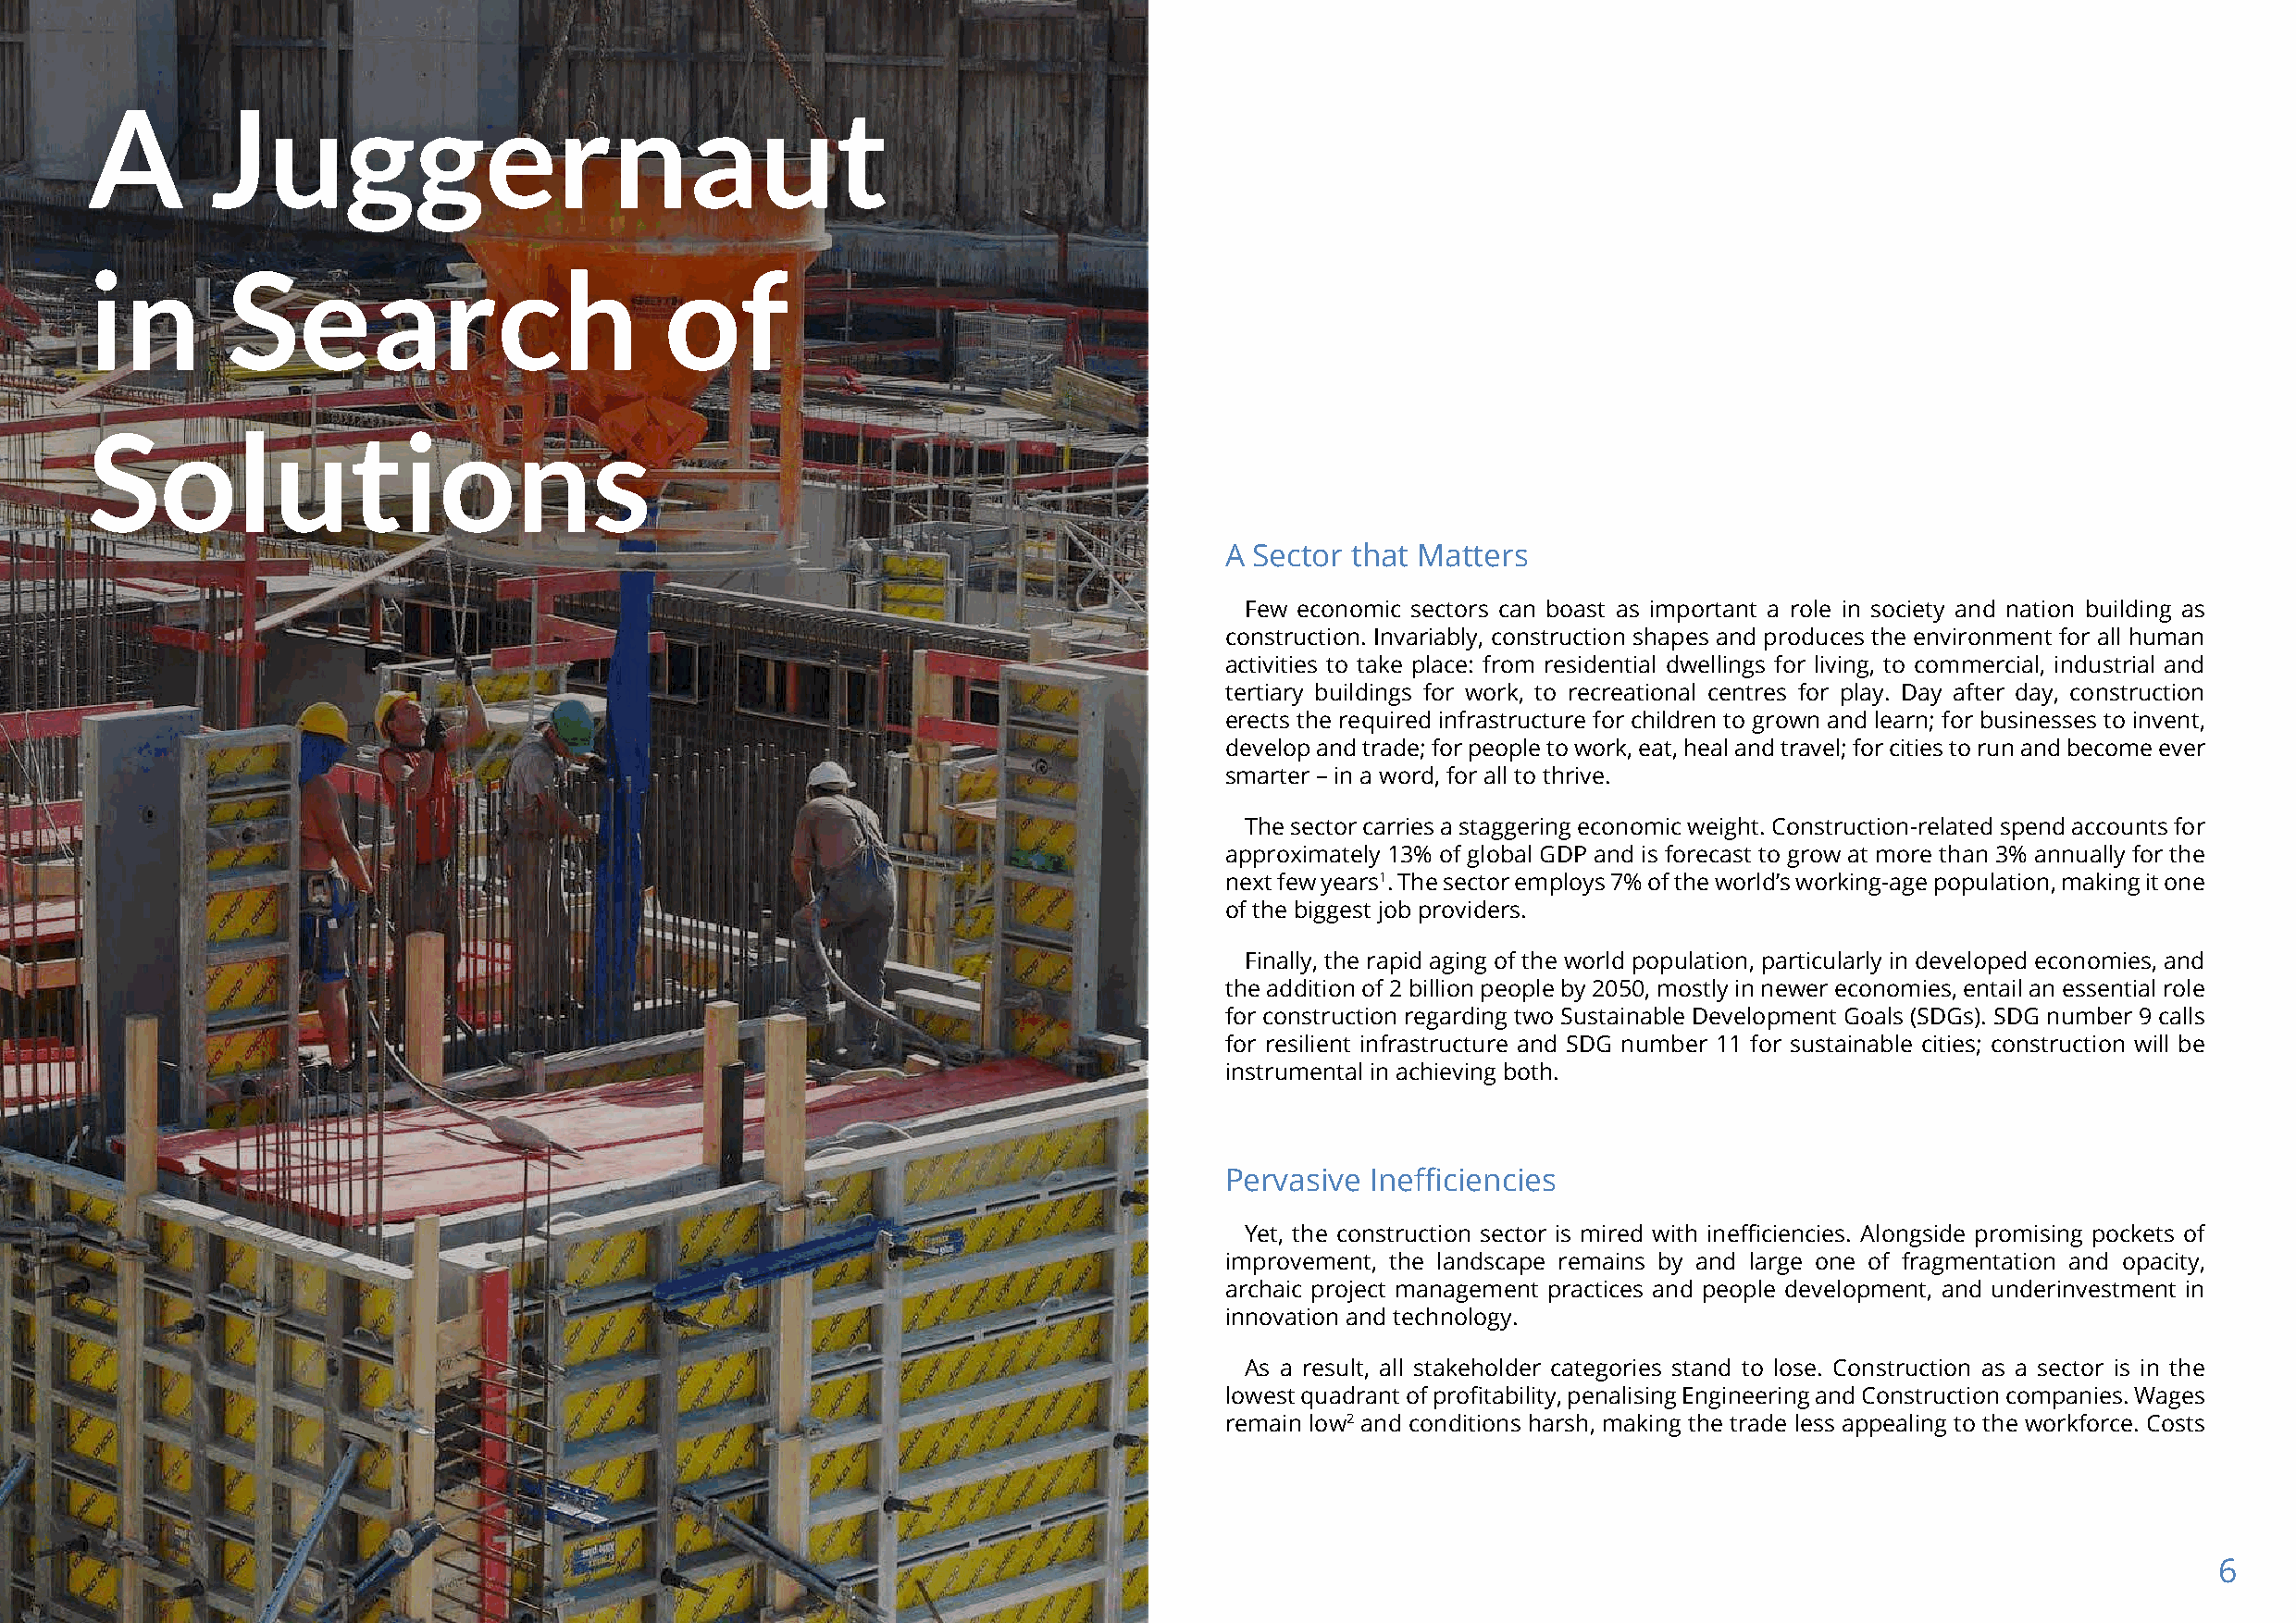
A        Juggernaut
 in        Search                          of
 Solutions
 A Sector that Matters
 Few economic sectors can boast as important a role in society and nation building as
 construction. Invariably, construction shapes and produces the environment for all human
 activities to take place: from residential dwellings for living, to commercial, industrial and
 tertiary buildings for work, to recreational centres for play. Day after day, construction
 erects the required infrastructure for children to grown and learn; for businesses to invent,
 develop and trade; for people to work, eat, heal and travel; for cities to run and become ever
 smarter – in a word, for all to thrive.
 The sector carries a staggering economic weight. Construction-related spend accounts for
 approximately 13% of global GDP and is forecast to grow at more than 3% annually for the
 next few years1. The sector employs 7% of the world’s working-age population, making it one
 of the biggest job providers.
 Finally, the rapid aging of the world population, particularly in developed economies, and
 the addition of 2 billion people by 2050, mostly in newer economies, entail an essential role
 for construction regarding two Sustainable Development Goals (SDGs). SDG number 9 calls
 for resilient infrastructure and SDG number 11 for sustainable cities; construction will be
 instrumental in achieving both.
 Pervasive Inefficiencies
 Yet, the construction sector is mired with inefficiencies. Alongside promising pockets of
 improvement, the landscape remains by and large one of fragmentation and opacity,
 archaic project management practices and people development, and underinvestment in
 innovation and technology.
 As a result, all stakeholder categories stand to lose. Construction as a sector is in the
 lowest quadrant of profitability, penalising Engineering and Construction companies. Wages
 remain low2 and conditions harsh, making the trade less appealing to the workforce. Costs
 6